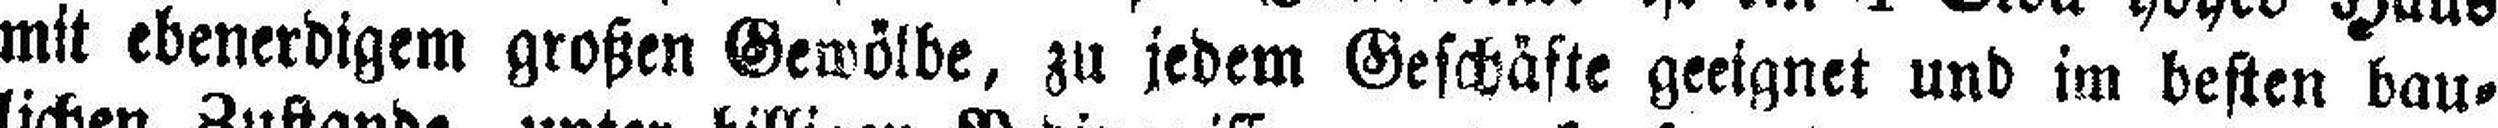
mit ebenerdigem großen Gewölbe, zu jedem Geschäfte geeignet und im besten bau¬